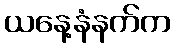
ယနေ့နံနက်က